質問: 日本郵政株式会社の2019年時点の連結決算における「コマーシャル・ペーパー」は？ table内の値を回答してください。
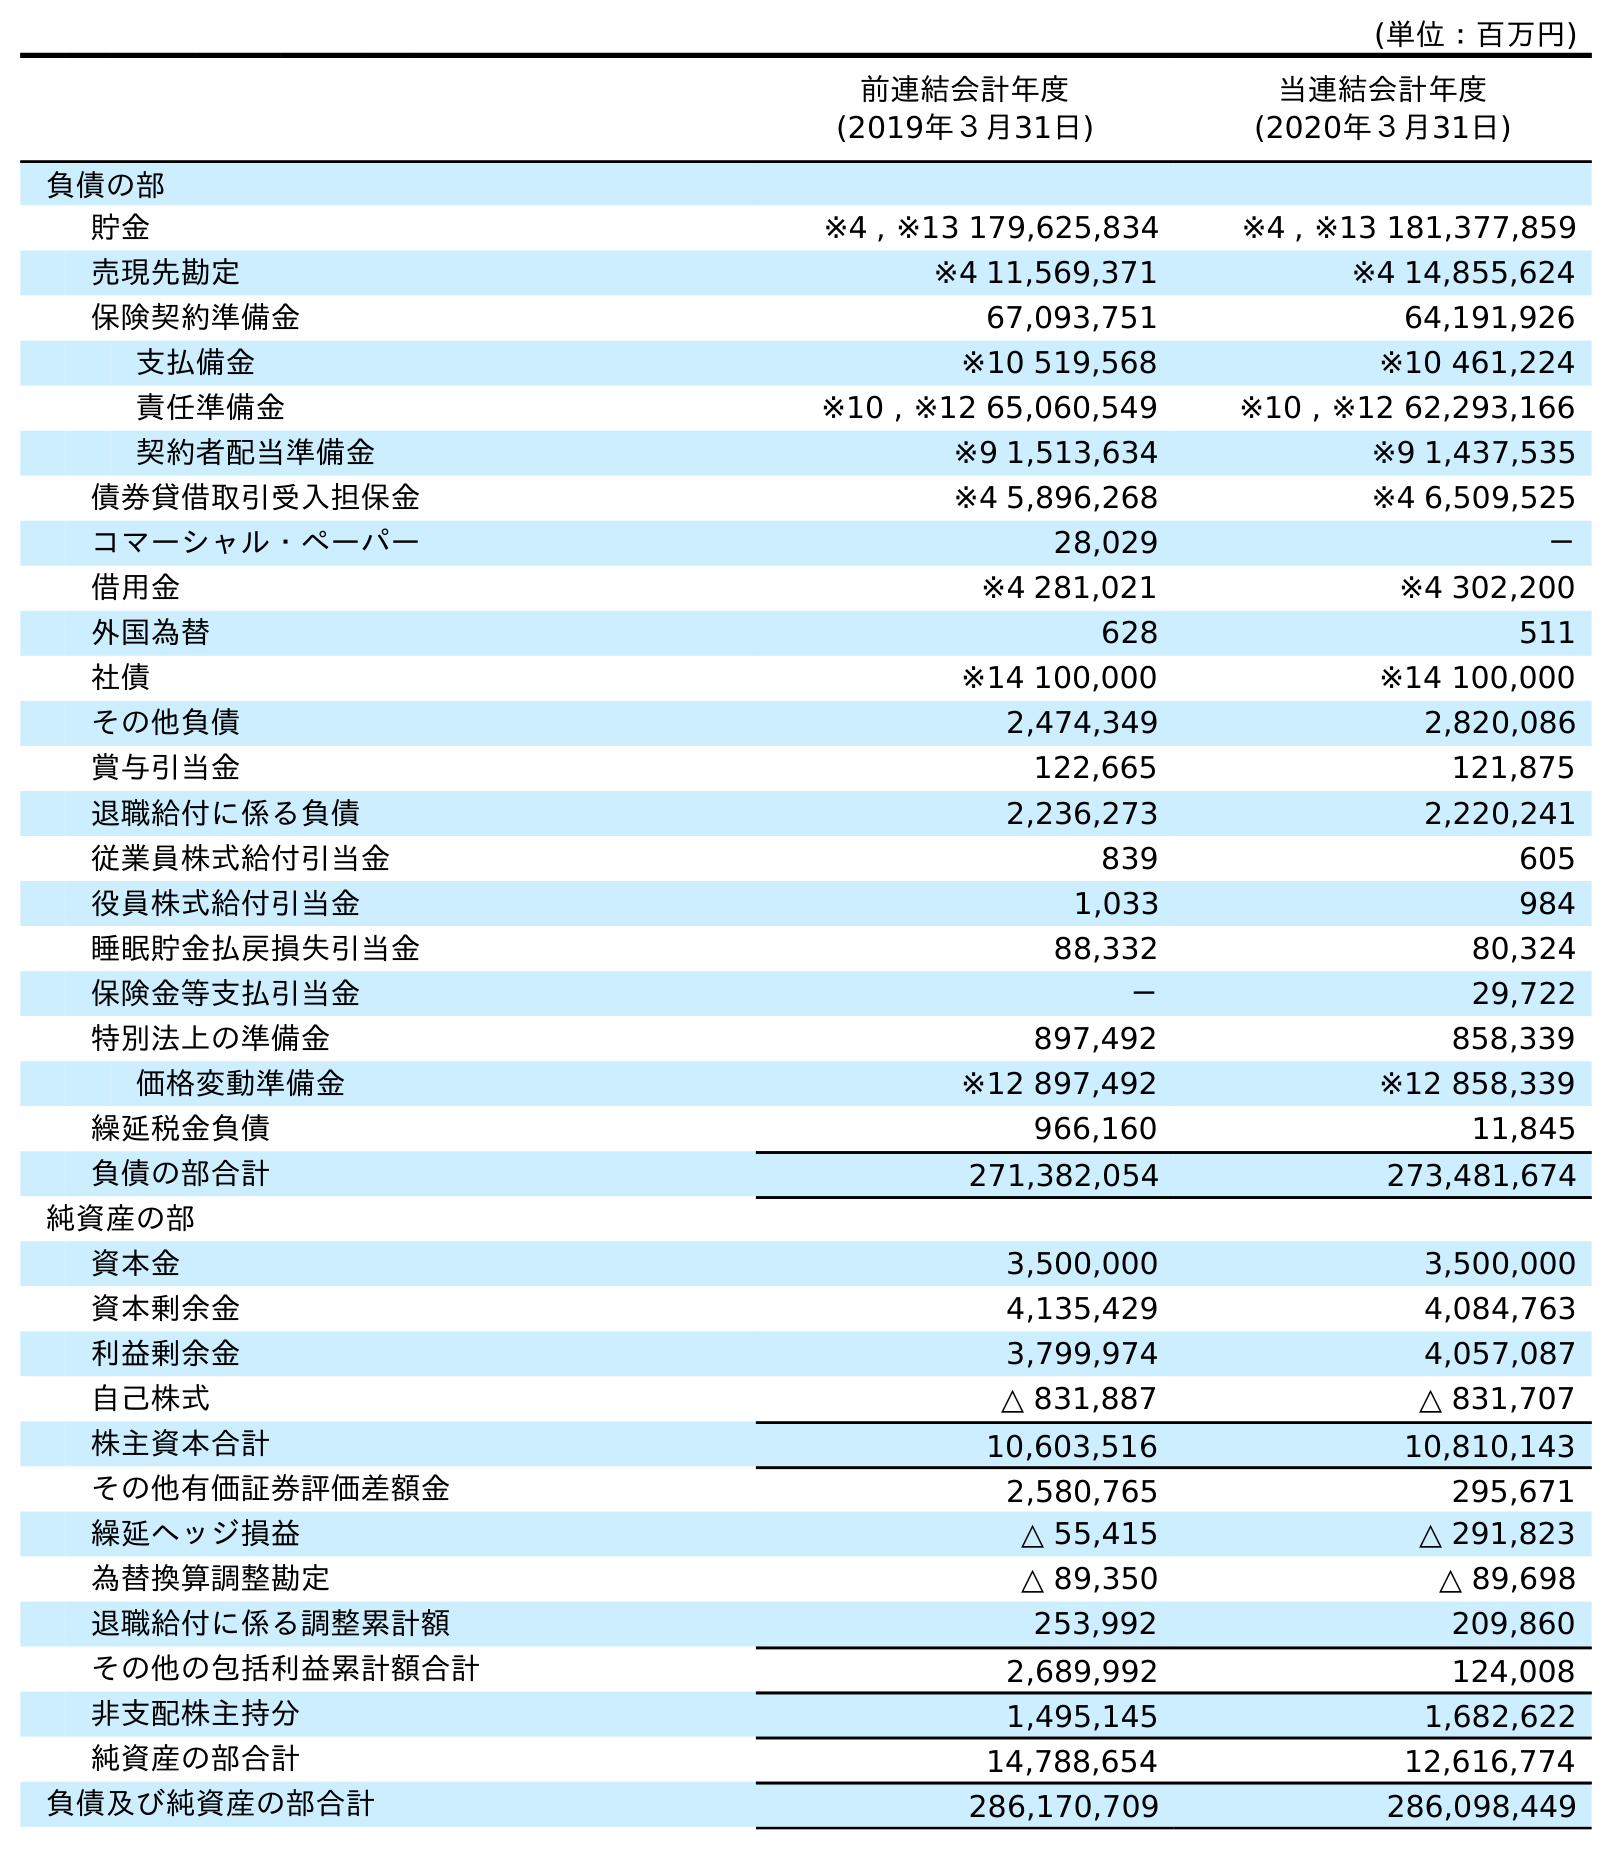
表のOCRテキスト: (単位：百万円) 前連結会計年度 (2019年３月31日) 当連結会計年度 (2020年３月31日) 負債の部 貯金 ※4 , ※13 179,625,834 ※4 , ※13 181,377,859 売現先勘定 ※4 11,569,371 ※4 14,855,624 保険契約準備金 67,093,751 64,191,926 支払備金 ※10 519,568 ※10 461,224 責任準備金 ※10 , ※12 65,060,549 ※10 , ※12 62,293,166 契約者配当準備金 ※9 1,513,634 ※9 1,437,535 債券貸借取引受入担保金 ※4 5,896,268 ※4 6,509,525 コマーシャル・ペーパー 28,029 － 借用金 ※4 281,021 ※4 302,200 外国為替 628 511 社債 ※14 100,000 ※14 100,000 その他負債 2,474,349 2,820,086 賞与引当金 122,665 121,875 退職給付に係る負債 2,236,273 2,220,241 従業員株式給付引当金 839 605 役員株式給付引当金 1,033 984 睡眠貯金払戻損失引当金 88,332 80,324 保険金等支払引当金 － 29,722 特別法上の準備金 897,492 858,339 価格変動準備金 ※12 897,492 ※12 858,339 繰延税金負債 966,160 11,845 負債の部合計 271,382,054 273,481,674 純資産の部 資本金 3,500,000 3,500,000 資本剰余金 4,135,429 4,084,763 利益剰余金 3,799,974 4,057,087 自己株式 △ 831,887 △ 831,707 株主資本合計 10,603,516 10,810,143 その他有価証券評価差額金 2,580,765 295,671 繰延ヘッジ損益 △ 55,415 △ 291,823 為替換算調整勘定 △ 89,350 △ 89,698 退職給付に係る調整累計額 253,992 209,860 その他の包括利益累計額合計 2,689,992 124,008 非支配株主持分 1,495,145 1,682,622 純資産の部合計 14,788,654 12,616,774 負債及び純資産の部合計 286,170,709 286,098,449
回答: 28,029